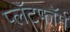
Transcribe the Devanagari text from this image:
प्लॅटफाॅर्म